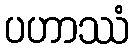
ပဟာဿံ